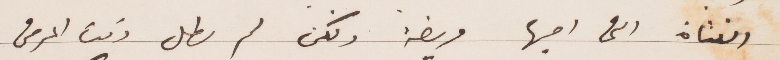
الفتاة التي احبها مريضة ولكن لم يطل وقت المرض